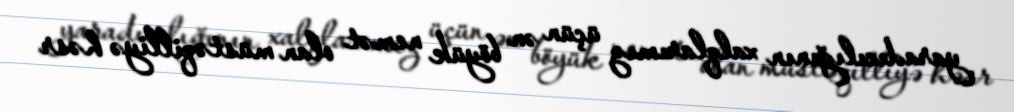
yaradıcılığının xalqlarımız üçün ən böyük nemət olan müstəqilliyə həsr